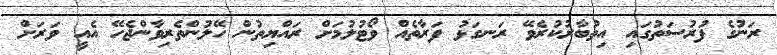
ރަނުގެ ފުރުސަތުގައި އިތުބާރުކުރެވޭ ރަނގަޅު ފަރާތެއް ވޯޓުލުމަށް ރައްޔިތުން ހޭލުންތެރިވާންޖެހޭ އެއީ ވަރަށް